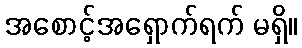
အစောင့်အရှောက်ရက် မရှိ။